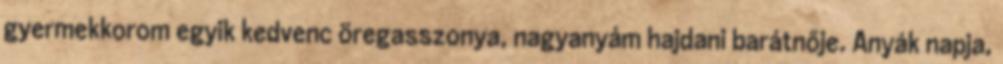
gyermekkorom egyik kedvenc öregasszonya, nagyanyám hajdani barátnője. Anyák napja,